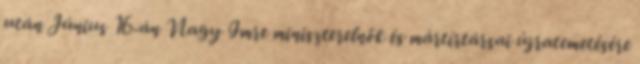
után Június 16-án Nagy Imre miniszterelnök és mártírtársai újratemetésére